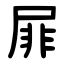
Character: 屝